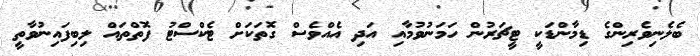
ބެލެނިވެރިންގެ ޑިމާންޑަކީ ޓީޗަރުން ހަމަނުވުމާއި އަދި އެއްވެސް ގޮތަކަށް ޓެކްސްޓު ފޮތްތައް ލިބިފައިނުވާތީ